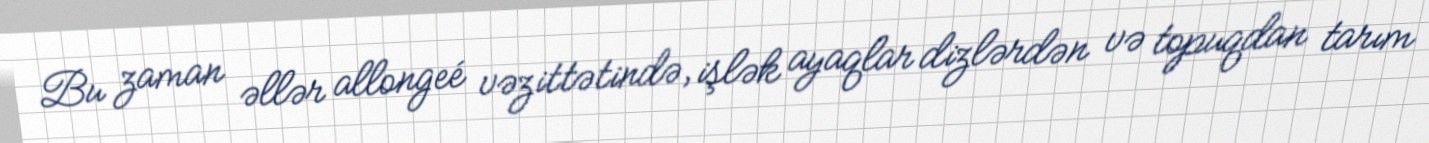
Bu zaman əllər allongeé vəzittətində, işlək ayaqlar dizlərdən və topuqdan tarım